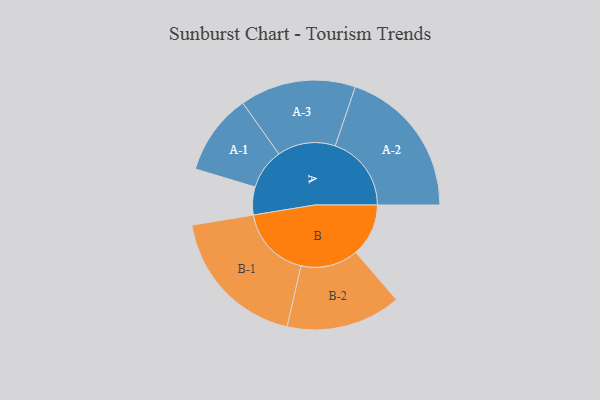
{"axis": {"x": "Segment", "y": "Value"}, "legend": ["", "A", "B"], "data": [{"x": "A", "y": 101, "type": ""}, {"x": "B", "y": 191, "type": ""}, {"x": "A-1", "y": 147, "type": "A"}, {"x": "A-2", "y": 276, "type": "A"}, {"x": "A-3", "y": 210, "type": "A"}, {"x": "B-1", "y": 263, "type": "B"}, {"x": "B-2", "y": 208, "type": "B"}]}